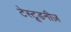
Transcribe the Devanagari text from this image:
टेस्टूडनीज़